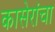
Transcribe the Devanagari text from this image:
कासेरांचा